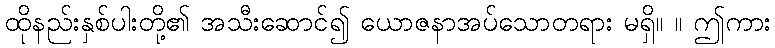
ထိုနည်းနှစ်ပါးတို့၏ အသီးဆောင်၍ ယောဇနာအပ်သောတရား မရှိ။ ။ ဤကား